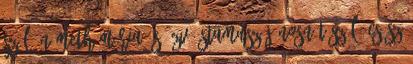
szül. Németh Mária és özv. Stamusz Jánosnét szül. Csősz